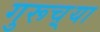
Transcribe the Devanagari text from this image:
गुरूच़्या